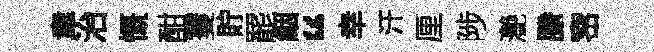
聿治慨酣䨥貯罷絪“幸汗厘陟灔縢宻